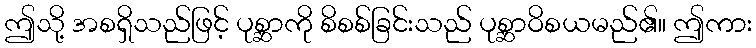
ဤသို့ အစရှိသည်ဖြင့် ပုစ္ဆာကို စိစစ်ခြင်းသည် ပုစ္ဆာဝိစယမည်၏။ ဤကား